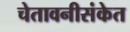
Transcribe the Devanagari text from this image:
चेतावनीसंकेत